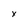
Character: x